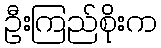
ဦးကြည်စိုးက